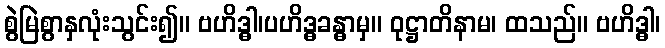
စွဲမြဲစွာနှလုံးသွင်း၍။ ဗဟိဒ္ဓါ၊ပဟိဒ္ဓခန္ဓာမှ။ ဝုဋ္ဌာတိနာမ၊ ထသည်။ ဗဟိဒ္ဓါ၊